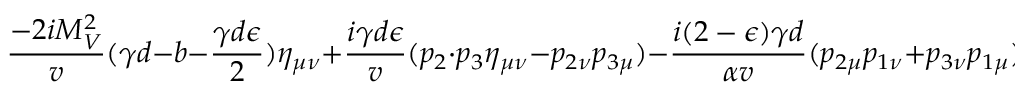
\frac { - 2 i M _ { V } ^ { 2 } } { v } ( \gamma d - b - \frac { \gamma d \epsilon } { 2 } ) \eta _ { \mu \nu } + \frac { i \gamma d \epsilon } { v } ( p _ { 2 } \cdot p _ { 3 } \eta _ { \mu \nu } - p _ { 2 \nu } p _ { 3 \mu } ) - \frac { i ( 2 - \epsilon ) \gamma d } { \alpha v } ( p _ { 2 \mu } p _ { 1 \nu } + p _ { 3 \nu } p _ { 1 \mu } ) - \frac { i \gamma \epsilon d } { \alpha v } p _ { 2 \mu } p _ { 3 \nu } .